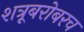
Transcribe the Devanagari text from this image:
शत्रूबरोबरच